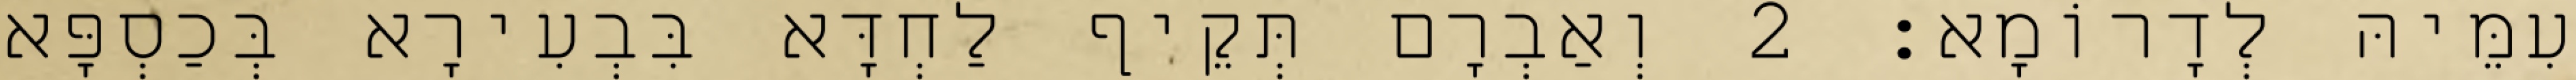
עִמֵּיהּ לְדָרוֹמָא׃ 2 וְאַבְרָם תְּקֵיף לַחְדָּא בִּבְעִירָא בְּכַסְפָּא